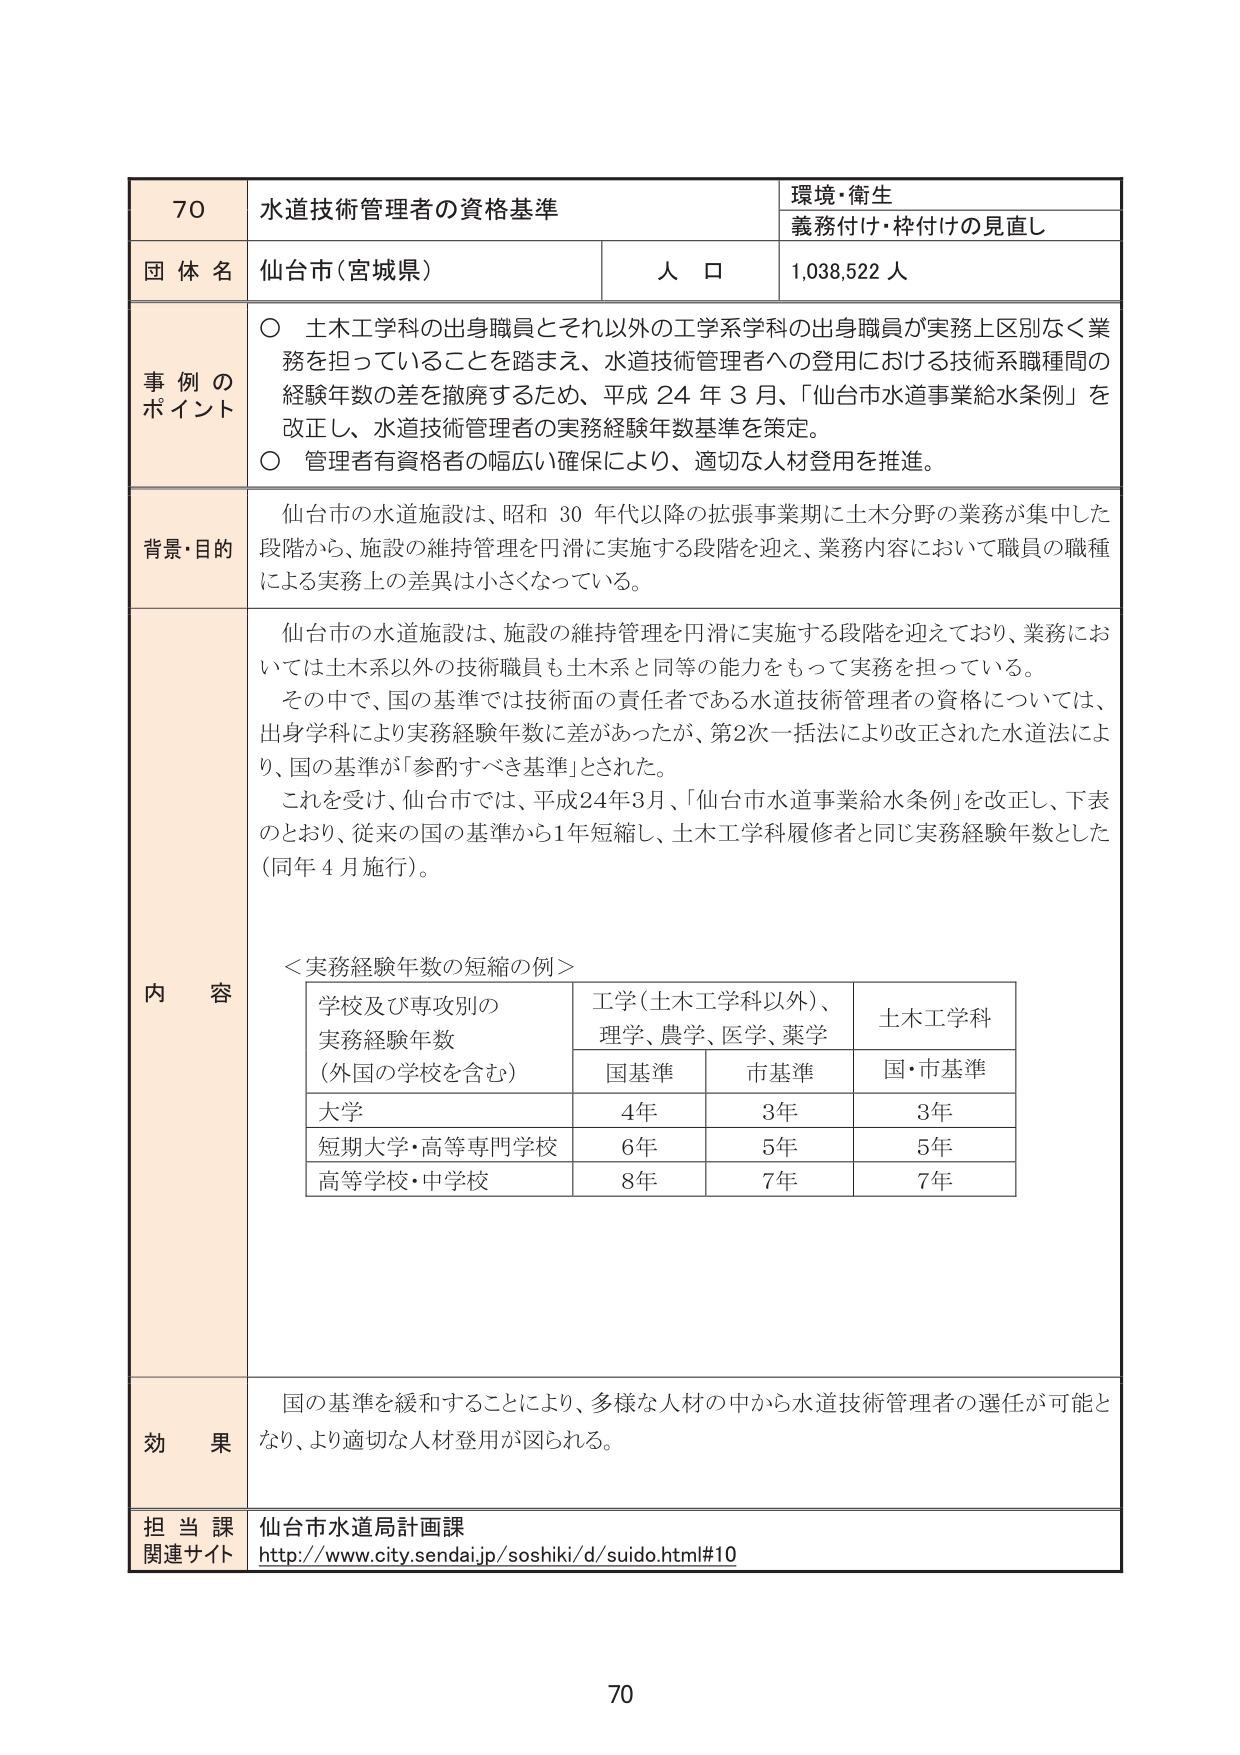
70 水道技術管理者の資格基準 環境・衛生 義務付け・枠付けの見直し 団体名 仙台市（宮城県） 人口 1,038,522人 事例のポイント ○ 土木工学科の出身職員とそれ以外の工学系学科の出身職員が実務上区別なく業務を担っていることを踏まえ、水道技術管理者への登用における技術系職種間の経験年数の差を撤廃するため、平成24年3月、「仙台市水道事業給水条例」を改正し、水道技術管理者の実務経験年数基準を策定。 ○ 管理者有資格者の幅広い確保により、適切な人材登用を推進。 背景・目的 仙台市の水道施設は、昭和30年代以降の拡張事業期に土木分野の業務が集中した段階から、施設の維持管理を円滑に実施する段階を迎え、業務内容において職員の職種による実務上の差異は小さくなっている。 内容 仙台市の水道施設は、施設の維持管理を円滑に実施する段階を迎えており、業務においては土木系以外の技術職員も土木系と同等の能力をもって実務を担っている。 その中で、国の基準では技術面の責任者である水道技術管理者の資格については、出身学科により実務経験年数に差があったが、第2次一括法により改正された水道法により、国の基準が「参酌すべき基準」とされた。 これを受けて、仙台市では、平成24年3月、「仙台市水道事業給水条例」を改正し、下表のとおり、従来の国の基準から1年短縮し、土木工学科履修者と同じ実務経験年数とした（同年4月施行）。 ＜実務経験年数の短縮の例＞ 学校及び専攻別の 実務経験年数 （外国の学校を含む） 工学（土木工学科以外）、 理学、農学、医学、薬学 土木工学科 国基準 市基準 国・市基準 大学 4年 3年 3年 短期大学・高等専門学校 6年 5年 5年 高等学校・中学校 8年 7年 7年 効果 国の基準を緩和することにより、多様な人材の中から水道技術管理者の選任が可能となり、より適切な人材登用が図られる。 担当課 仙台市水道局計画課 関連サイト http://www.city.sendai.jp/soshiki/d/suido.html#10 70